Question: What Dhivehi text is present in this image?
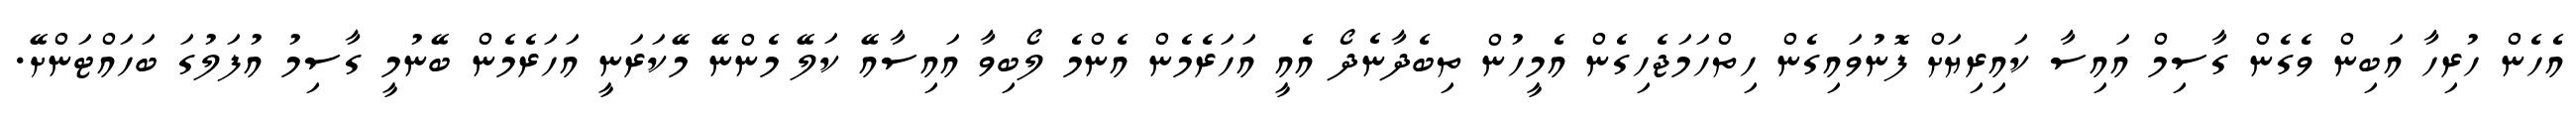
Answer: އެހެން ހުރިހާ އަބިން ވެގެން ގާސިމް އައިސާ ކައިރިޔަށް ފޮނުވައިގެން ހިތްހަމަޖެހިގެން އެމީހުން ތިބެދާނެދޯ އެއީ އަހަރެމެން އެންމެ ލޯބިވާ އައިސާއޭ ކަލޭ މެންނޭ މޭކަރަނީ އަހަރެމެން ބޭނުމީ ގާސިމު އުފަލުގަ ބަހައްޓަންށޭ.